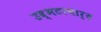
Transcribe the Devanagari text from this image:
उद्भटाचार्य